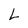
Character: L